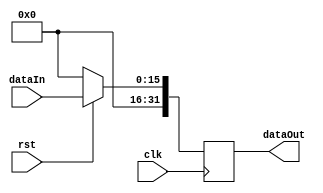
module extend(
	input clk,
	input rst,
	input[15:0] dataIn,
	output reg[31:0] dataOut
);

always @ (posedge clk) begin
	if(~rst)
		dataOut <= 0;
	else
		dataOut <= {16'd0, dataIn};
end

endmodule